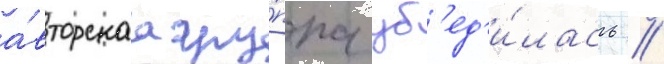
а́вторскаа гру́ппа уб'ед'и́лась /